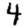
Digit: 4